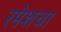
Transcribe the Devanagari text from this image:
रमेशचा